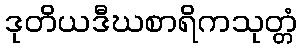
ဒုတိယဒီဃစာရိကသုတ္တံ